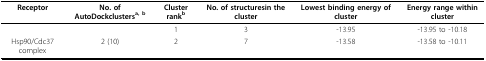
| Receptor | No. of AutoDockclustersa, b | Cluster rankb | No. of structuresin the cluster | Lowest binding energy of cluster | Energy range within cluster |
 | --- | --- | --- | --- | --- | --- |
 |  |  | 1 | 3 | -13.95 | -13.95 to -10.18 |
 | Hsp90/Cdc37 complex | 2 (10) | 2 | 7 | -13.58 | -13.58 to -10.11 |